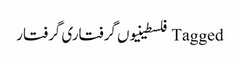
Tagged فلسطینیوں گرفتاری گرفتار